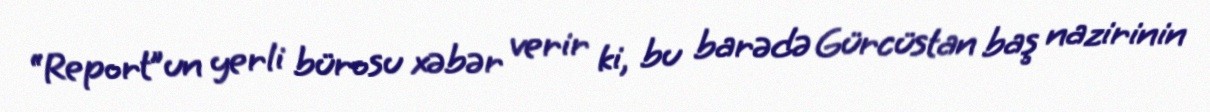
“Report”un yerli bürosu xəbər verir ki, bu barədə Gürcüstan baş nazirinin